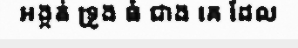
អង្កត់ ទ្រូង ធំ ជាង គេ ដែល